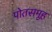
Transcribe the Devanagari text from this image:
पोतसमूह